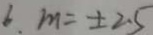
6 . m = \pm 2 . 5